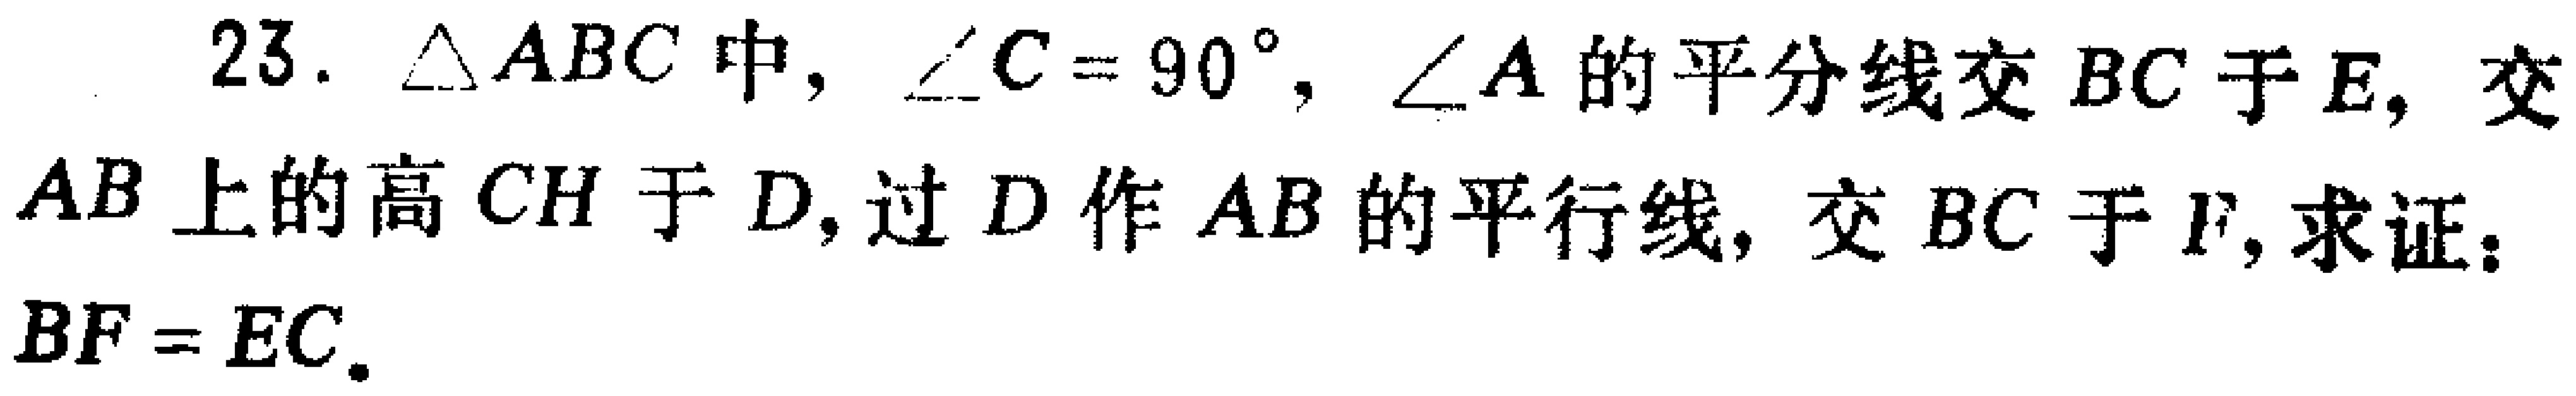
23. $\triangle ABC$中，$\angle C = 90^{\circ}$，$\angle A$的平分线交$BC$于$E$，交$AB$上的高$CH$于$D$，过$D$作$AB$的平行线，交$BC$于$F$，求证：$BF = EC$.